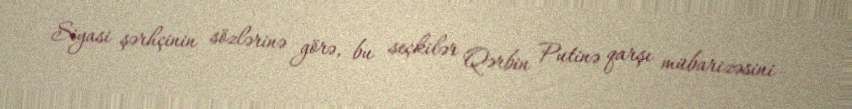
Siyasi şərhçinin sözlərinə görə, bu seçkilər Qərbin Putinə qarşı mübarizəsini